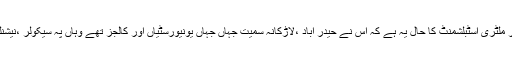
سندھ کے گوٹھوں اور اندرون سندھ کے شہروں میں بڑی تیزی سے مذہبی تقسیم گہری ہورہی ہے اور ملٹری اسٹبلشمنٹ کا حال یہ ہے کہ اس نے حیدر آباد ،لاڑکانہ سمیت جہاں جہاں یونیورسٹیاں اور کالجز تھے وہاں پہ سیکولر ،نیشنلسٹ عناصر کے خلاف غیر اعلانیہ کریک ڈاؤن کرکے کیمپس میں کم ازکم آزادی کو ختم کردیا ہے ۔